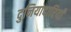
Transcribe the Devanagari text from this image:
दुनियादारियाँ